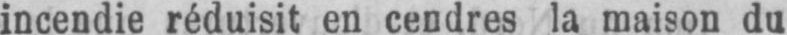
incendie réduisit en cendres la maison du